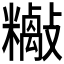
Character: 𱡡